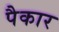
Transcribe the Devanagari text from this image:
पैकार